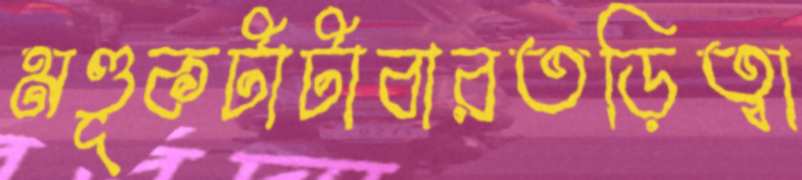
মণ্ডূকটাটাবারতড়িত্বা